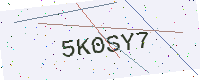
Text: 5K0SY7